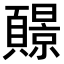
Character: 𫖧